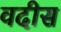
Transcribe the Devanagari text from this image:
वदीस